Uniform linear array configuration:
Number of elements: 12
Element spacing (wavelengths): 0.5
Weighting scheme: cosine
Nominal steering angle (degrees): -30
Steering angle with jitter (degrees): -29.511
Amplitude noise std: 0.05
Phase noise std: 0.05

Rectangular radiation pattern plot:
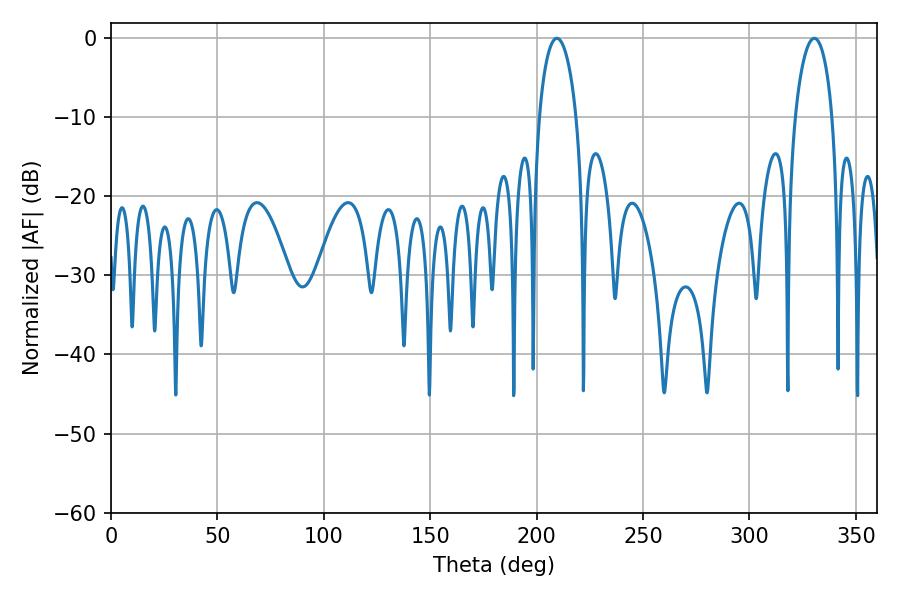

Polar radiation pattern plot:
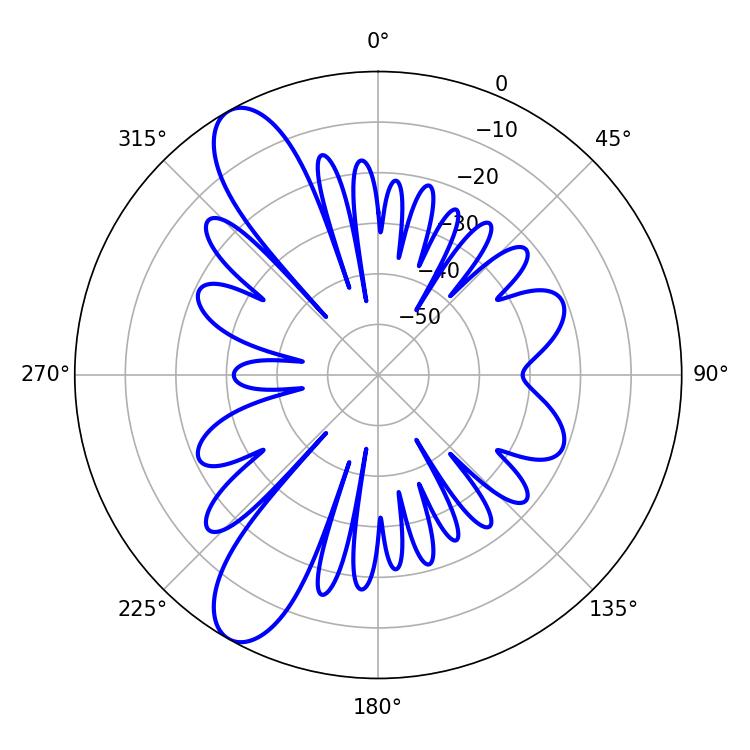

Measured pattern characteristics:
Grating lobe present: FALSE
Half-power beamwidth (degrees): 9.9
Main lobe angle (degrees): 209.52